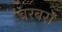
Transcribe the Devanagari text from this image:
बरबरों